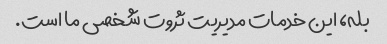
بله، این خدمات مدیریت ثروت شخصی ما است.